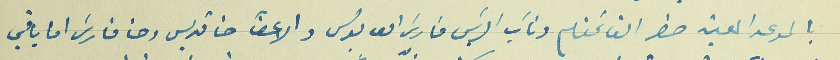
بالموعد المعين حضر القائمقام ونائب الرئيس فارسَ ابو بولس والاعضآ حنا قديس وحنا فارسَ اما باقي